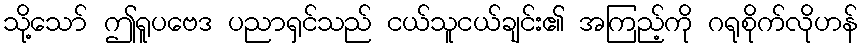
သို့သော် ဤရူပဗေဒ ပညာရှင်သည် ငယ်သူငယ်ချင်း၏ အကြည့်ကို ဂရုစိုက်လိုဟန်